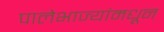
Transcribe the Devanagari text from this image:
पालेभाज्यांमधून